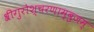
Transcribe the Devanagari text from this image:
श्रीगुरोश्चरणाम्बुजम्